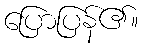
ပြောပြန်၏။